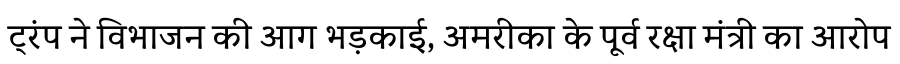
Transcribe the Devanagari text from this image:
ट्रंप ने विभाजन की आग भड़काई, अमरीका के पूर्व रक्षा मंत्री का आरोप